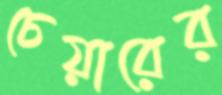
চেয়ারের